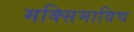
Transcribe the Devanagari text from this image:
मक्सिमाविच